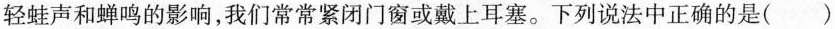
轻蛙声和蝉鸣的影响，我们常常紧闭门窗或戴上耳塞。下列说法中正确的是( )